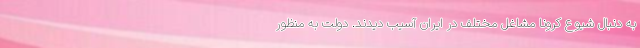
به دنبال شیوع کرونا مشاغل مختلف در ایران آسیب دیدند. دولت به منظور